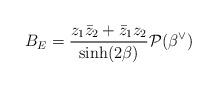
LaTeX: \begin{align*}B_E = \frac{z_1\bar{z}_2+\bar{z}_1z_2}{\sinh(2\beta)}\mathcal{P}(\beta^{\vee})\end{align*}